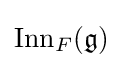
{\text{Inn}}_{F}({\mathfrak {g}})